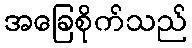
အခြေစိုက်သည်